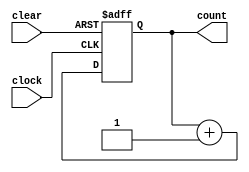
//parameterized design :: N bit counter

module pcounter (clear, clock, count);
	parameter N=7;
	input clear, clock;
	output [0:N] count;
	reg [0:N] count;
	
	always @ (posedge clock or posedge clear)
	if(clear)
		count <= 7'b0;
		
	else
		count <= count + 1;
endmodule